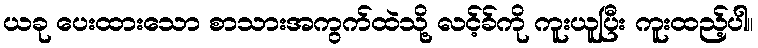
ယခု ပေးထားသော စာသားအကွက်ထဲသို့ လင့်ခ်ကို ကူးယူပြီး ကူးထည့်ပါ။